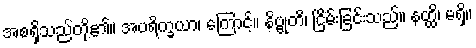
အစရှိသည်တို့၏။ အပရိက္ခယာ၊ ကြောင့်။ နိဗ္ဗုတိ၊ ငြိမ်းခြင်းသည်။ နတ္ထိ၊ မရှိ။